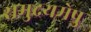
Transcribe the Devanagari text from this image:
समुद्रयमेषु